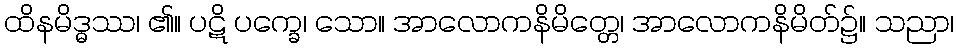
ထိနမိဒ္ဓဿ၊ ၏။ ပဋိ ပက္ခေ၊ သော။ အာလောကနိမိတ္တေ၊ အာလောကနိမိတ်၌။ သညာ၊